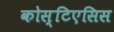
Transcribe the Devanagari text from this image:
कोस्टिएसिस